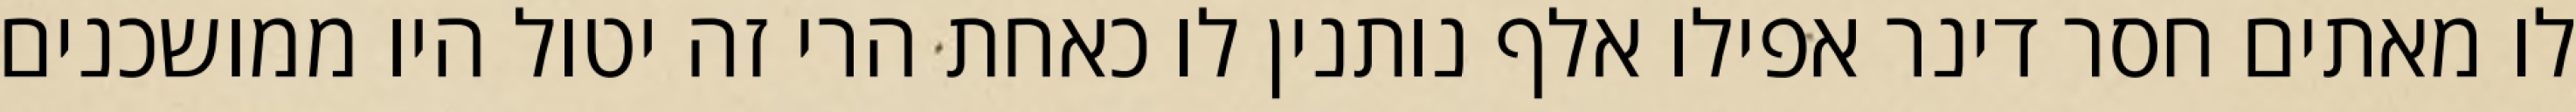
לו מאתים חסר דינר אפילו אלף נותנין לו כאחת הרי זה יטול היו ממושכנים